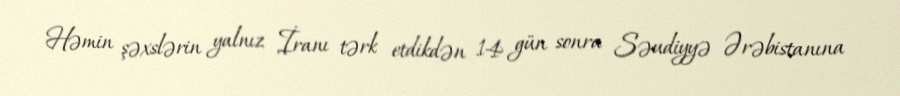
Həmin şəxslərin yalnız İranı tərk etdikdən 14 gün sonra Səudiyyə Ərəbistanına